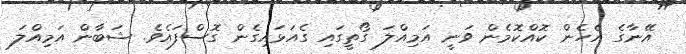
އޭނާގެ އެހެން ކޮއްކޮމެން ވަނީ އަމިއްލަ ގޯތީގައި ގެއަޅައިގެން ގޮސްފައެވެ. ޝަބާން އަމިއްލަ